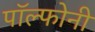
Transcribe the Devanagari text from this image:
पॉल्फोनी